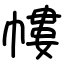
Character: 㡞